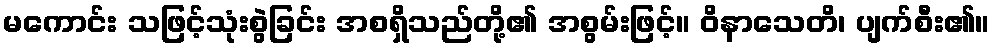
မကောင်း သဖြင့်သုံးစွဲခြင်း အစရှိသည်တို့၏ အစွမ်းဖြင့်။ ဝိနာသေတိ၊ ပျက်စီး၏။